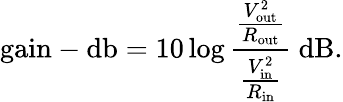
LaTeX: {\mathrm{gain-db}}=10\log{\frac{\frac{V_{\mathrm{out}}^{2}}{R_{\mathrm{out}}}}{\frac{V_{\mathrm{in}}^{2}}{R_{\mathrm{in}}}}}~\mathrm{dB}.